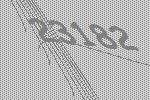
23182